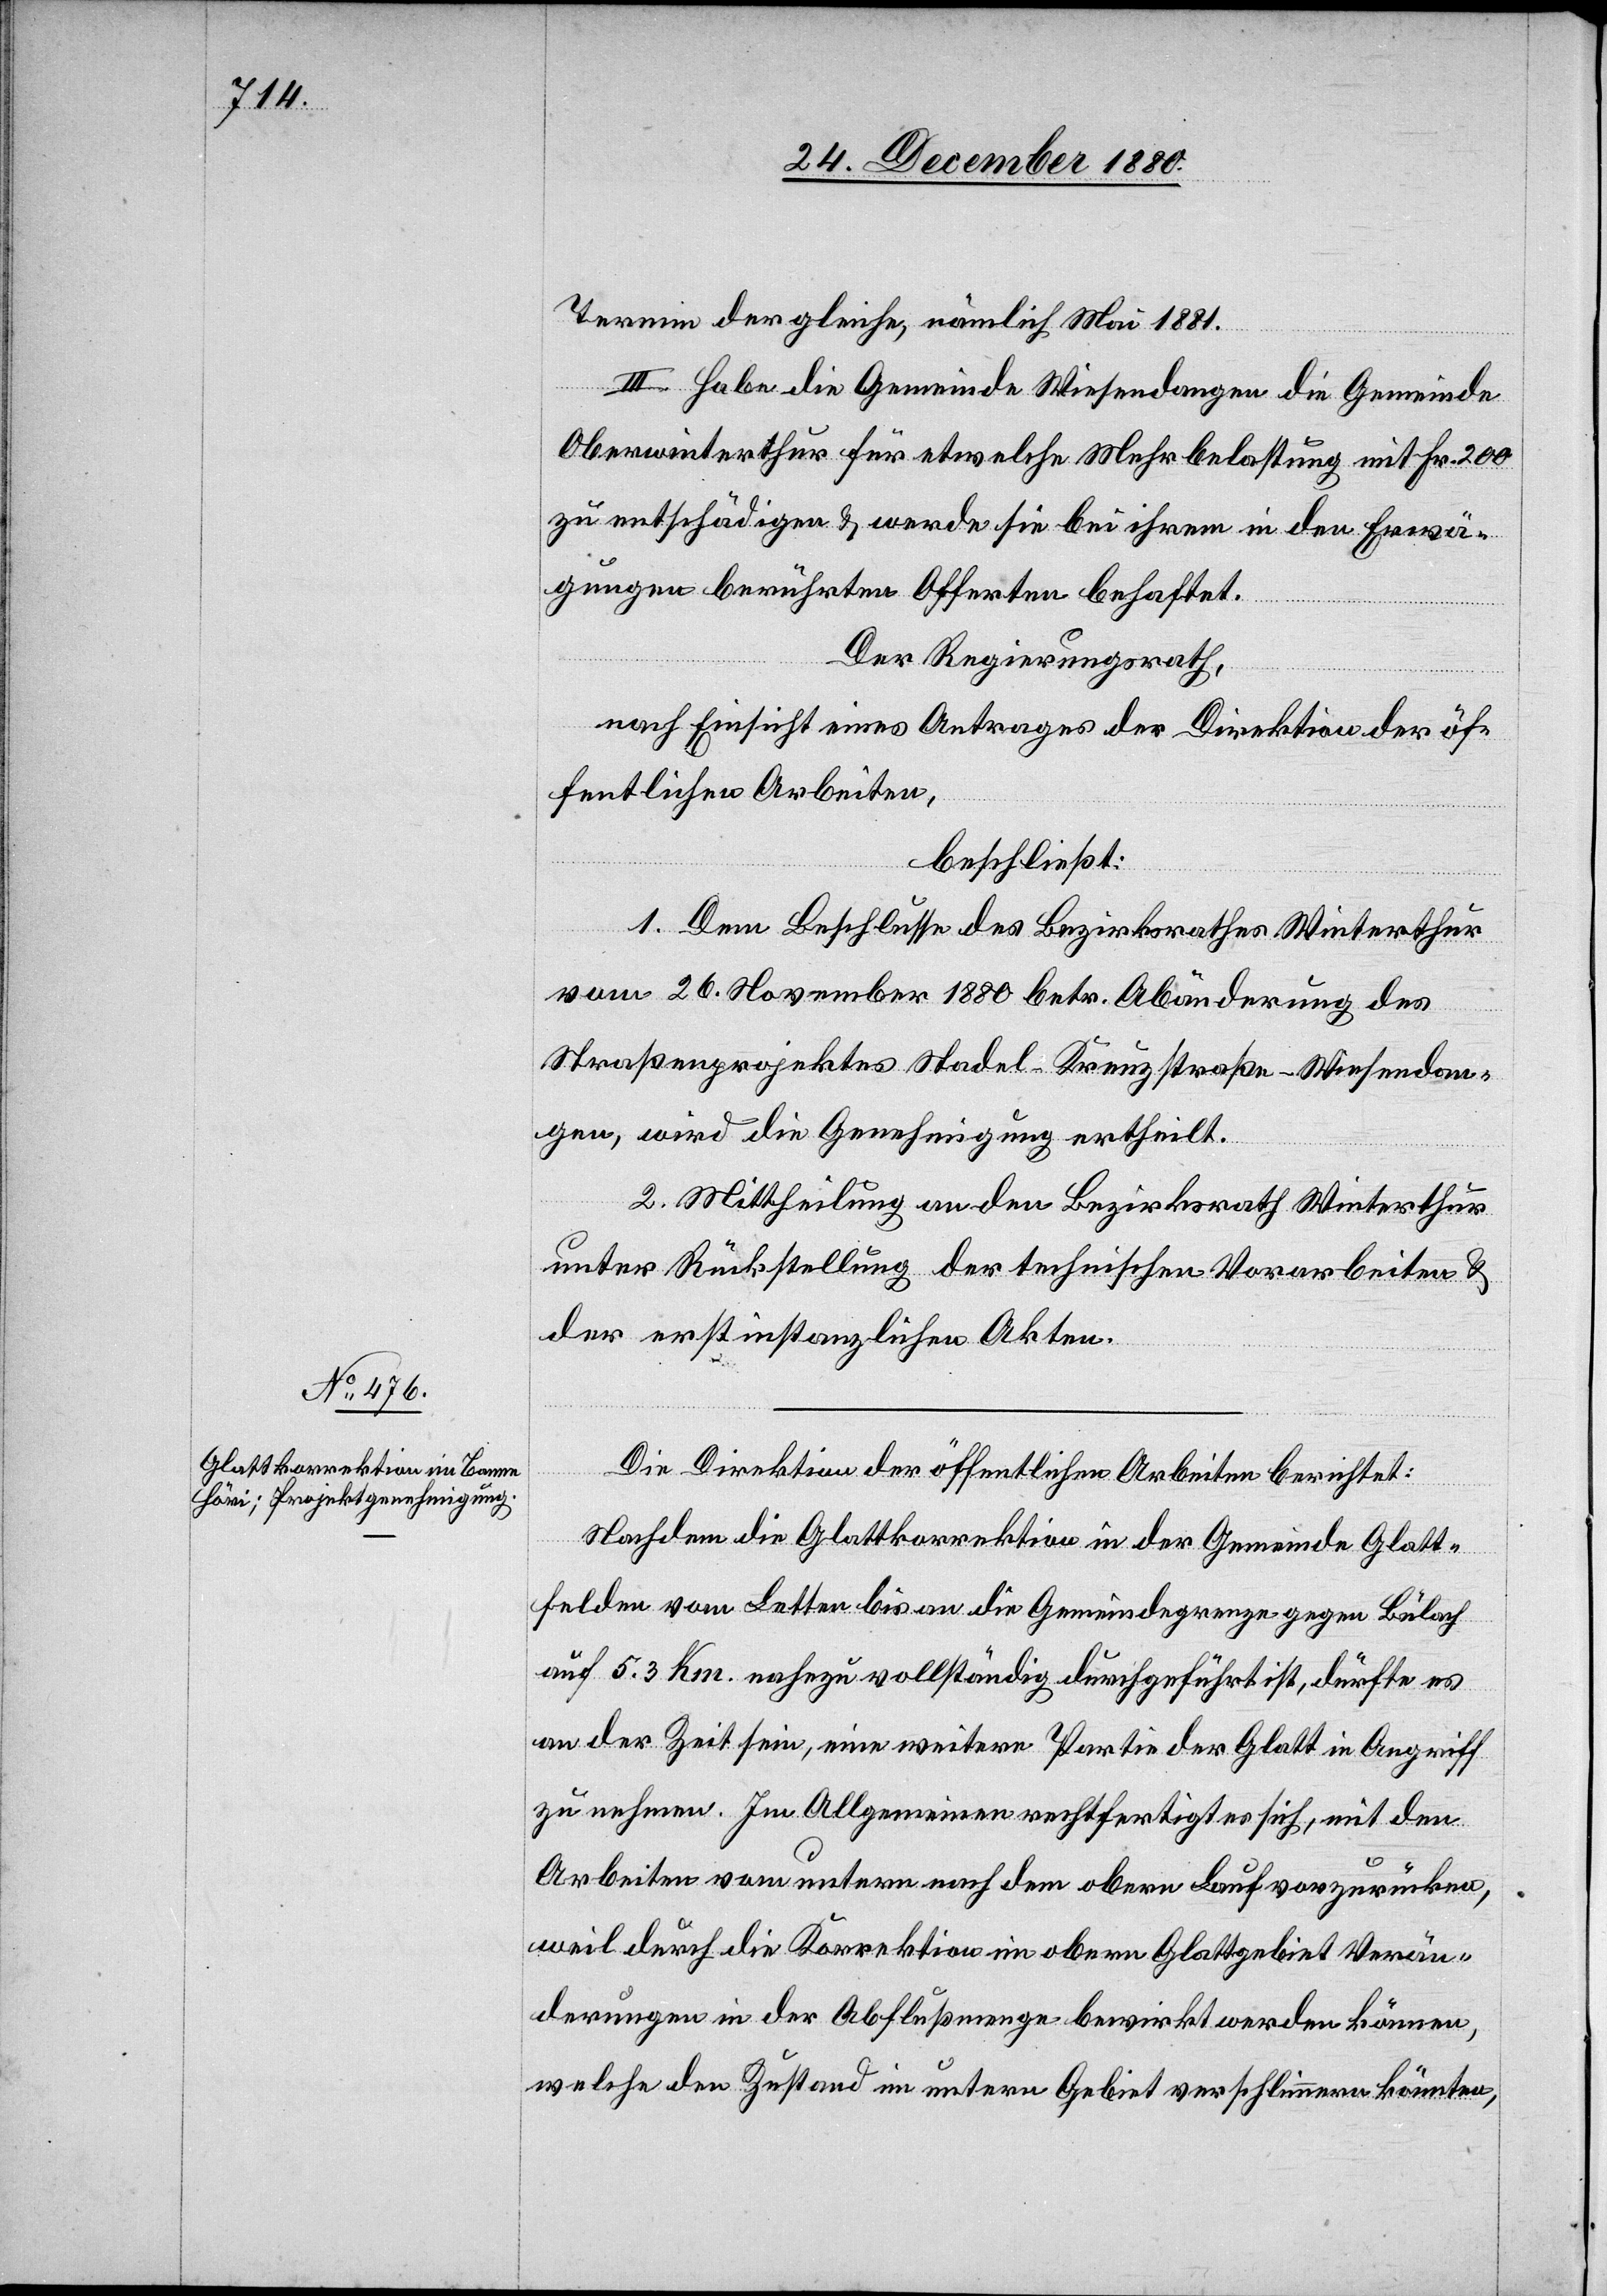
Termin der gleiche, nämlich Mai 1881.
III. Habe die Gemeinde Wiesendangen die Gemeinde
Oberwinterthur für etwelche Mehrbelastung mit Fr. 200
zu entschädigen & werde sie bei ihrem in den Erwä¬
gungen berührten Offerten behaftet.
Der Regierungsrath,
nach Einsicht eines Antrages der Direktion der öf¬
fentlichen Arbeiten,
beschließt:
1. Dem Beschlusse des Bezirksrathes Winterthur
vom 26. November 1880 betr. Abänderung des
Straßenprojektes Stadel–Kreuzstraße–Wiesendan¬
gen, wird die Genehmigung ertheilt.
2. Mittheilung an den Bezirksrath Winterthur
unter Rückstellung der technischen Vorarbeiten &
der erstinstanzlichen Akten.
Die Direktion der öffentlichen Arbeiten berichtet:
Nachdem die Glattkorrektion in der Gemeinde Glatt¬
felden vom Letten bis an die Gemeindegrenze gegen Bülach
auf 5.3 Km nahezu vollständig durchgeführt ist, dürfte es
an der Zeit sein, eine weitere Partie der Glatt in Angriff
zu nehmen. Im Allgemeinen rechtfertigt es sich, mit den
Arbeiten vom untern nach dem obern Lauf vorzurücken,
weil durch die Korrektion im obern Glattgebiet Verän¬
derungen in der Abflußmenge bewirkt werden können,
welche den Zustand im untern Gebiet verschlimmern könnten,